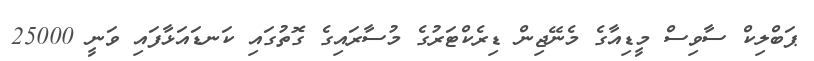
ޕަބްލިކް ސާވިސް މީޑިއާގެ މެނޭޖިން ޑިރެކްޓަރުގެ މުސާރައިގެ ގޮތުގައި ކަނޑައަޅާފައި ވަނީ 25000